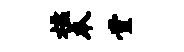
槛本堂